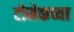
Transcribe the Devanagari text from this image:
टोमेकच्या